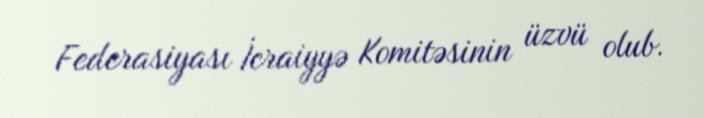
Federasiyası İcraiyyə Komitəsinin üzvü olub.